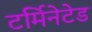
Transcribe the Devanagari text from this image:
टर्मिनेटेड